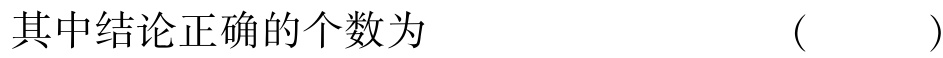
其中结论正确的个数为  ( )